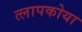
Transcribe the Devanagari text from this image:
त्लापकोया